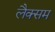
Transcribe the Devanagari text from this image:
लैक्सम